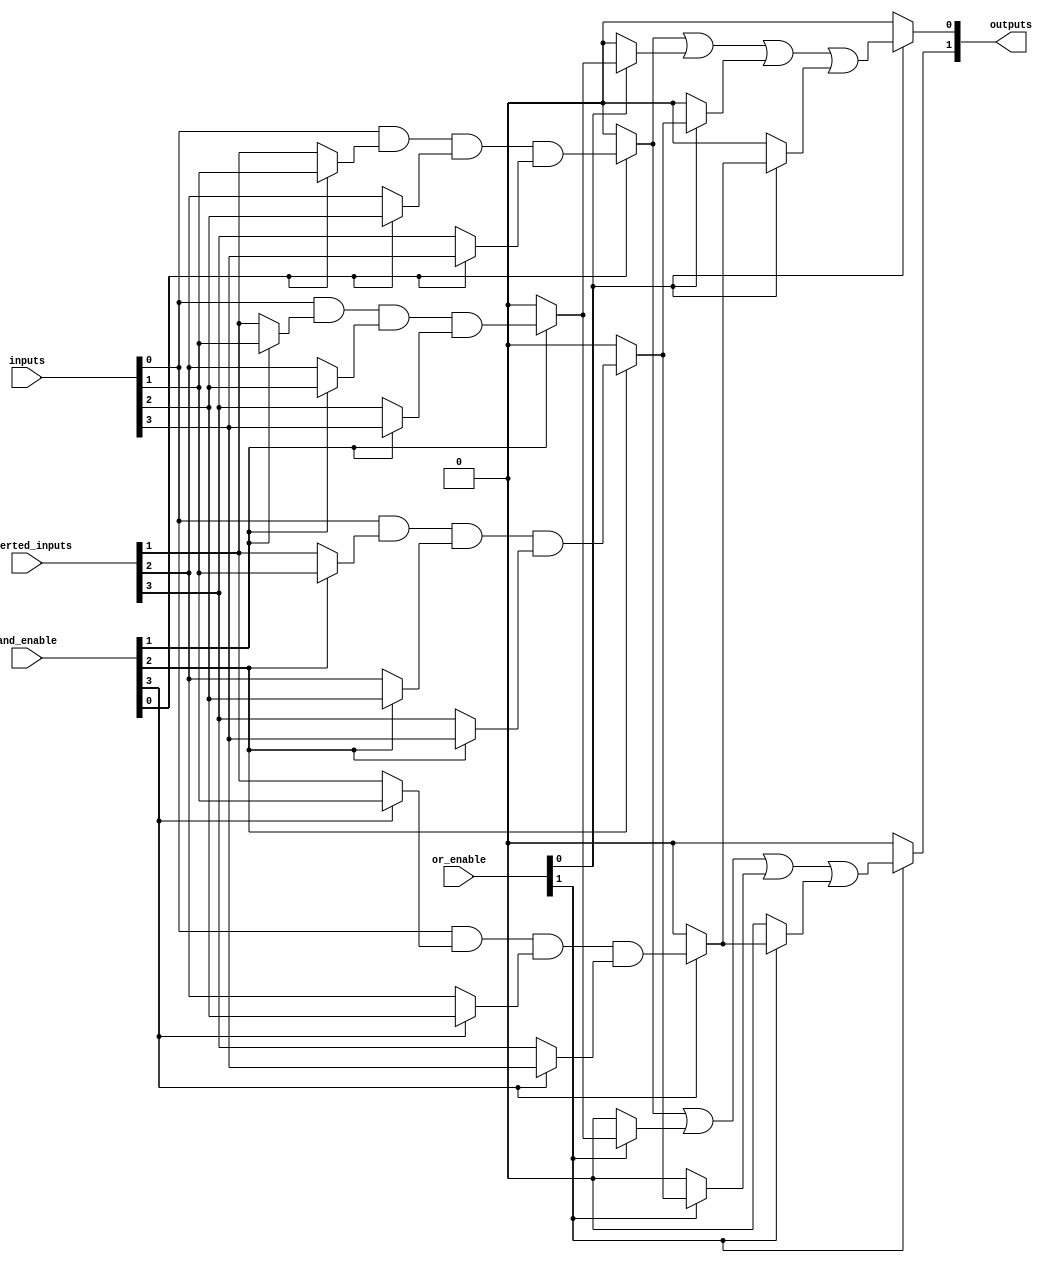
module SPAL #(parameter N = 4,      // Number of inputs
              parameter M = 2,      // Number of outputs
              parameter P = 4,      // Number of product terms
              parameter Q = 2)      // Number of OR terms
(
    input  wire [N-1:0]  inputs,     // Input signals
    input  wire [N-1:0]  inverted_inputs, // Inverted inputs
    input  wire [P-1:0]  and_enable,  // Control signals for AND gates
    input  wire [Q-1:0]  or_enable,   // Control signals for OR gates
    output wire [M-1:0]  outputs      // Output signals
);

// Internal wires for AND gates
wire [P-1:0] and_out;

// AND Array: P product terms
genvar i;
generate
    for (i = 0; i < P; i = i + 1) begin: and_array
        assign and_out[i] = (and_enable[i]) ? 
            (inputs[0] & (and_enable[i] ? inputs[1] : inverted_inputs[1])) & 
            (and_enable[i] ? inputs[2] : inverted_inputs[2]) & 
            (and_enable[i] ? inputs[3] : inverted_inputs[3]) : 1'b0;
    end
endgenerate

// OR Array: Q output terms
genvar j;
generate
    for (j = 0; j < M; j = j + 1) begin: or_array
        assign outputs[j] = (or_enable[j]) ? 
            (and_out[0] | (or_enable[j] ? and_out[1] : 1'b0)) | 
            (or_enable[j] ? and_out[2] : 1'b0) | 
            (or_enable[j] ? and_out[3] : 1'b0) : 1'b0;
    end
endgenerate

endmodule